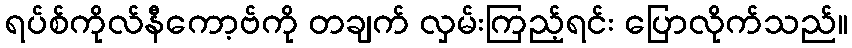
ရပ်စ်ကိုလ်နီကော့ဗ်ကို တချက် လှမ်းကြည့်ရင်း ပြောလိုက်သည်။